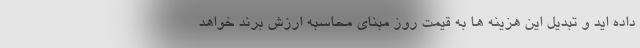
داده اید و تبدیل این هزینه ها به قیمت روز مبنای محاسبه ارزش برند خواهد